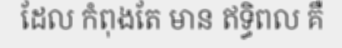
ដែល កំពុងតែ មាន ឥទ្ធិពល គឺ